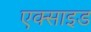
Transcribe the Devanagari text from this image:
एक्साइड